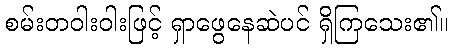
စမ်းတဝါးဝါးဖြင့် ရှာဖွေနေဆဲပင် ရှိကြသေး၏။